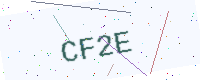
Text: CF2E